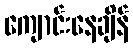
ကျောင်းနေချိန်